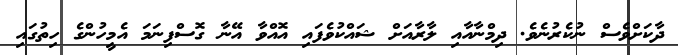
ދާކަށްވެސް ނުކެރުނެވެ. ދިމްނާއާއި ލާރާއަށް ޝައްކުވެފައި އޮއްވާ އޭނާ ގޮސްފިނަމަ އެމީހުންގެ ހިތުގައި